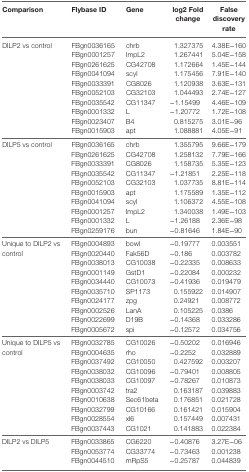
<table><thead><tr><td><b>Comparison</b></td><td><b>Flybase ID</b></td><td><b>Gene</b></td><td><b>log2 Fold change</b></td><td><b>False discovery rate</b></td></tr></thead><tbody><tr><td rowspan="10">DILP2 vs control</td><td>FBgn0036165</td><td>chrb</td><td>1.327375</td><td>4.38E−160</td></tr><tr><td>FBgn0001257</td><td>ImpL2</td><td>1.267441</td><td>5.04E−158</td></tr><tr><td>FBgn0261625</td><td>CG42708</td><td>1.172664</td><td>1.45E−144</td></tr><tr><td>FBgn0041094</td><td>scyl</td><td>1.175456</td><td>7.91E−140</td></tr><tr><td>FBgn0033391</td><td>CG8026</td><td>1.120938</td><td>3.63E−131</td></tr><tr><td>FBgn0052103</td><td>CG32103</td><td>1.044493</td><td>2.74E−127</td></tr><tr><td>FBgn0035542</td><td>CG11347</td><td>−1.15499</td><td>4.46E−109</td></tr><tr><td>FBgn0001332</td><td>L</td><td>−1.20772</td><td>1.72E−108</td></tr><tr><td>FBgn0023407</td><td>B4</td><td>0.815275</td><td>3.01E−96</td></tr><tr><td>FBgn0015903</td><td>apt</td><td>1.088881</td><td>4.05E−91</td></tr><tr><td rowspan="10">DILP5 vs control</td><td>FBgn0036165</td><td>chrb</td><td>1.355795</td><td>9.66E−179</td></tr><tr><td>FBgn0261625</td><td>CG42708</td><td>1.258132</td><td>7.79E−166</td></tr><tr><td>FBgn0033391</td><td>CG8026</td><td>1.158735</td><td>5.35E−123</td></tr><tr><td>FBgn0035542</td><td>CG11347</td><td>−1.21851</td><td>2.25E−118</td></tr><tr><td>FBgn0052103</td><td>CG32103</td><td>1.037735</td><td>8.81E−114</td></tr><tr><td>FBgn0015903</td><td>apt</td><td>1.175589</td><td>1.35E−112</td></tr><tr><td>FBgn0041094</td><td>scyl</td><td>1.106372</td><td>4.55E−108</td></tr><tr><td>FBgn0001257</td><td>ImpL2</td><td>1.340038</td><td>1.49E−103</td></tr><tr><td>FBgn0001332</td><td>L</td><td>−1.26188</td><td>2.36E−98</td></tr><tr><td>FBgn0259176</td><td>bun</td><td>−0.81646</td><td>1.84E−90</td></tr><tr><td rowspan="10">Unique to DILP2 vs control</td><td>FBgn0004893</td><td>bowl</td><td>−0.19777</td><td>0.003551</td></tr><tr><td>FBgn0020440</td><td>Fak56D</td><td>−0.186</td><td>0.003782</td></tr><tr><td>FBgn0038013</td><td>CG10038</td><td>−0.22335</td><td>0.008633</td></tr><tr><td>FBgn0001149</td><td>GstD1</td><td>−0.22084</td><td>0.000232</td></tr><tr><td>FBgn0034440</td><td>CG10073</td><td>−0.41936</td><td>0.019479</td></tr><tr><td>FBgn0035710</td><td>SP1173</td><td>0.155922</td><td>0.014907</td></tr><tr><td>FBgn0024177</td><td>zpg</td><td>0.24921</td><td>0.008772</td></tr><tr><td>FBgn0002526</td><td>LanA</td><td>0.105225</td><td>0.0386</td></tr><tr><td>FBgn0022699</td><td>D19B</td><td>−0.14368</td><td>0.033286</td></tr><tr><td>FBgn0005672</td><td>spi</td><td>−0.12572</td><td>0.034756</td></tr><tr><td rowspan="10">Unique to DILP5 vs control</td><td>FBgn0032785</td><td>CG10026</td><td>−0.50202</td><td>0.016946</td></tr><tr><td>FBgn0004635</td><td>rho</td><td>−0.2252</td><td>0.032889</td></tr><tr><td>FBgn0037492</td><td>CG10050</td><td>0.427592</td><td>0.003207</td></tr><tr><td>FBgn0038032</td><td>CG10096</td><td>−0.79401</td><td>0.008805</td></tr><tr><td>FBgn0038033</td><td>CG10097</td><td>−0.78267</td><td>0.010873</td></tr><tr><td>FBgn0003742</td><td>tra2</td><td>0.163187</td><td>0.039883</td></tr><tr><td>FBgn0010638</td><td>Sec61beta</td><td>0.176851</td><td>0.021728</td></tr><tr><td>FBgn0032799</td><td>CG10166</td><td>0.161421</td><td>0.015904</td></tr><tr><td>FBgn0028554</td><td>xl6</td><td>0.157449</td><td>0.007431</td></tr><tr><td>FBgn0037443</td><td>CG1021</td><td>0.141883</td><td>0.022384</td></tr><tr><td rowspan="3">DILP2 vs DILP5</td><td>FBgn0033865</td><td>CG6220</td><td>−0.40876</td><td>3.27E−06</td></tr><tr><td>FBgn0053774</td><td>CG33774</td><td>−0.73463</td><td>0.001238</td></tr><tr><td>FBgn0044510</td><td>mRpS5</td><td>−0.25787</td><td>0.044839</td></tr></tbody></table>